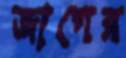
জাগের